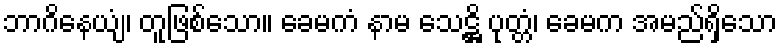
ဘာဂိနေယျံ၊ တူဖြစ်သော။ ခေမကံ နာမ သေဋ္ဌိ ပုတ္တံ၊ ခေမက အမည်ရှိသော